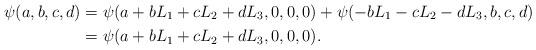
LaTeX: \begin{align*} \psi(a,b,c,d)&=\psi(a+bL_1+cL_2+dL_3,0,0,0)+\psi(-bL_1-cL_2-dL_3,b,c,d)\\ &=\psi(a+bL_1+cL_2+dL_3,0,0,0).\end{align*}